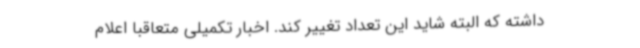
داشته که البته شاید این تعداد تغییر کند. اخبار تکمیلی متعاقبا اعلام